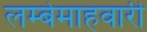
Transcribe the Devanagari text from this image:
लम्बेमाहवारी